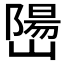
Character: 𫶖